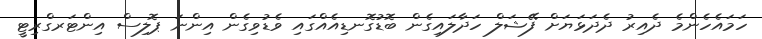
ހަމައެހެންމެ ދެއިރު ދެދަޅަޔަށް ފޭޝަލް ހަދާލައިގެން ބޮޑުގޮނޑިއެއްގައި ވެޑުވިގެން އިންނަ ޕޮލިސް އިންޓަރގްރިޓީ